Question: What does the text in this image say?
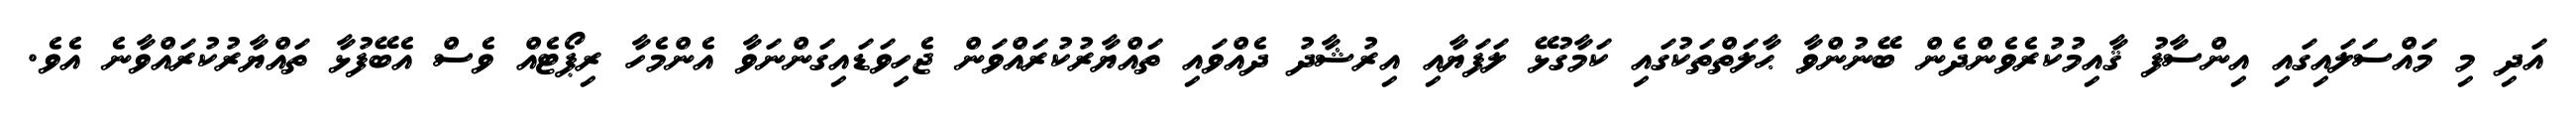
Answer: އަދި މި މައްސަލައިގައި އިންސާފު ޤާއިމުކުރެވެންދެން ބޭނުންވާ ޙާލަތްތަކުގައި ކަމާގުޅޭ ލަފަޔާއި އިރުޝާދު ދެއްވައި ތައްޔާރުކުރައްވަން ޖެހިވަޑައިގަންނަވާ އެންމެހާ ރިޕޯޓެއް ވެސް އެބޭފުޅާ ތައްޔާރުކުރައްވާނެ އެވެ.